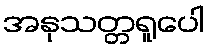
အနုသတ္တရူပေါ